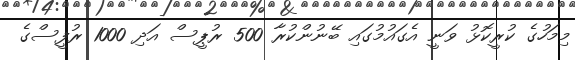
މިމަހުގެ ކުރީކޮޅު ވަނީ އެގައުމުގައި ބޭނުންކުރާ 500 ރުޕީސް އަދި 1000 ރުފީސްގެ